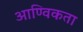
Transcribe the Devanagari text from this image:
आण्विकता